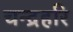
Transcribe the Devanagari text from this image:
चन्द्रहरि